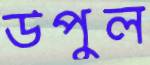
উপুল